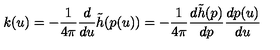
k ( u ) = - \frac { 1 } { 4 \pi } \frac { d } { d u } \tilde { h } ( p ( u ) ) = - \frac { 1 } { 4 \pi } \frac { d \tilde { h } ( p ) } { d p } \frac { d p ( u ) } { d u }